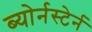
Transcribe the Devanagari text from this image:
ब्योर्नस्टेर्न